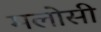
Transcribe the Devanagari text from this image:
मलोसी